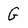
Character: G